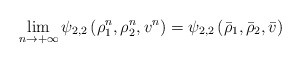
\begin{align*} \lim_{n \to + \infty}\psi_{2,2}\left(\rho_1^n, \rho_2^n, v^n\right) = \psi_{2,2}\left(\bar \rho_1, \bar \rho_2, \bar v\right) \end{align*}